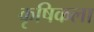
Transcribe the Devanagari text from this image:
कृषिकला